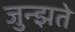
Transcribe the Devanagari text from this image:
जुन्झते